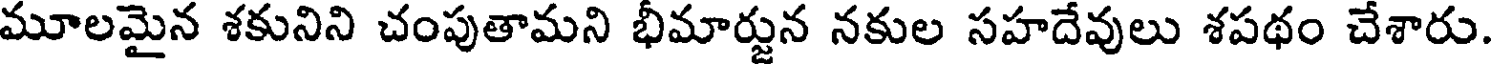
మూలమైన శకునిని చంపుతామని భీమార్జున నకుల సహదేవులు శపథం చేశారు.